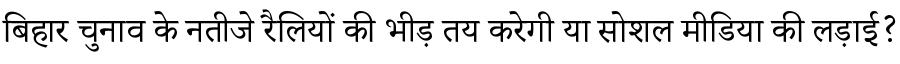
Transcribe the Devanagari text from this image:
बिहार चुनाव के नतीजे रैलियों की भीड़ तय करेगी या सोशल मीडिया की लड़ाई?